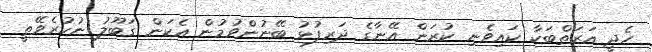
ހެދީ އަރަތްބަކާ ކައިވެނި ކުރަން އޭނާގެ ދަރިފުޅު ބޭނުންވުމުން އެކަން ގަބޫލު ނުކުރެވޭތީ